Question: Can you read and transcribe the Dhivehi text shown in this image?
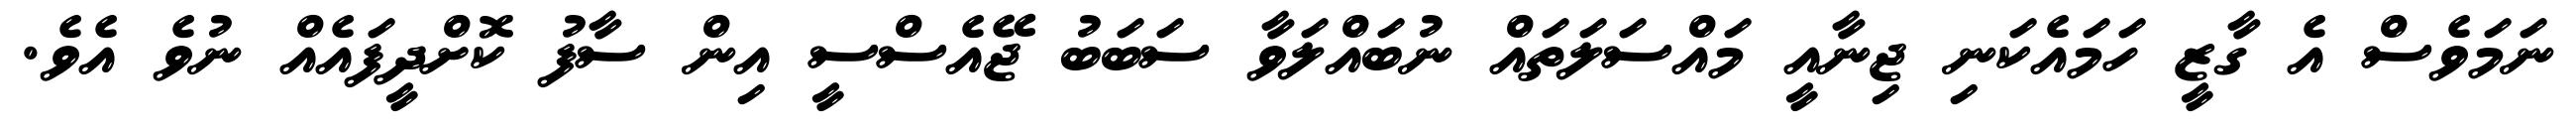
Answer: ނަމަވެސް އެ ގާޒީ ހަމައެކަނި ޖިނާއީ މައްސަލަތައް ނުބައްލަވާ ސަބަބު ޖޭއެސްސީ އިން ސާފު ކޮށްދީފައެއް ނުވެ އެވެ.